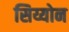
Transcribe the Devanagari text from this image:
सिय्योन